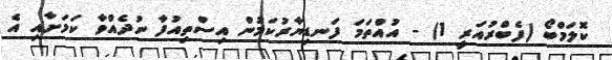
ކޮލަމްބޯ (ފެބްރުއަރީ 1) - އުއްތަމަ ފަނޑިޔާރުކަމުން އިސްތިއުފާ ނުދެއްވާ ކަމަށާއި އެ